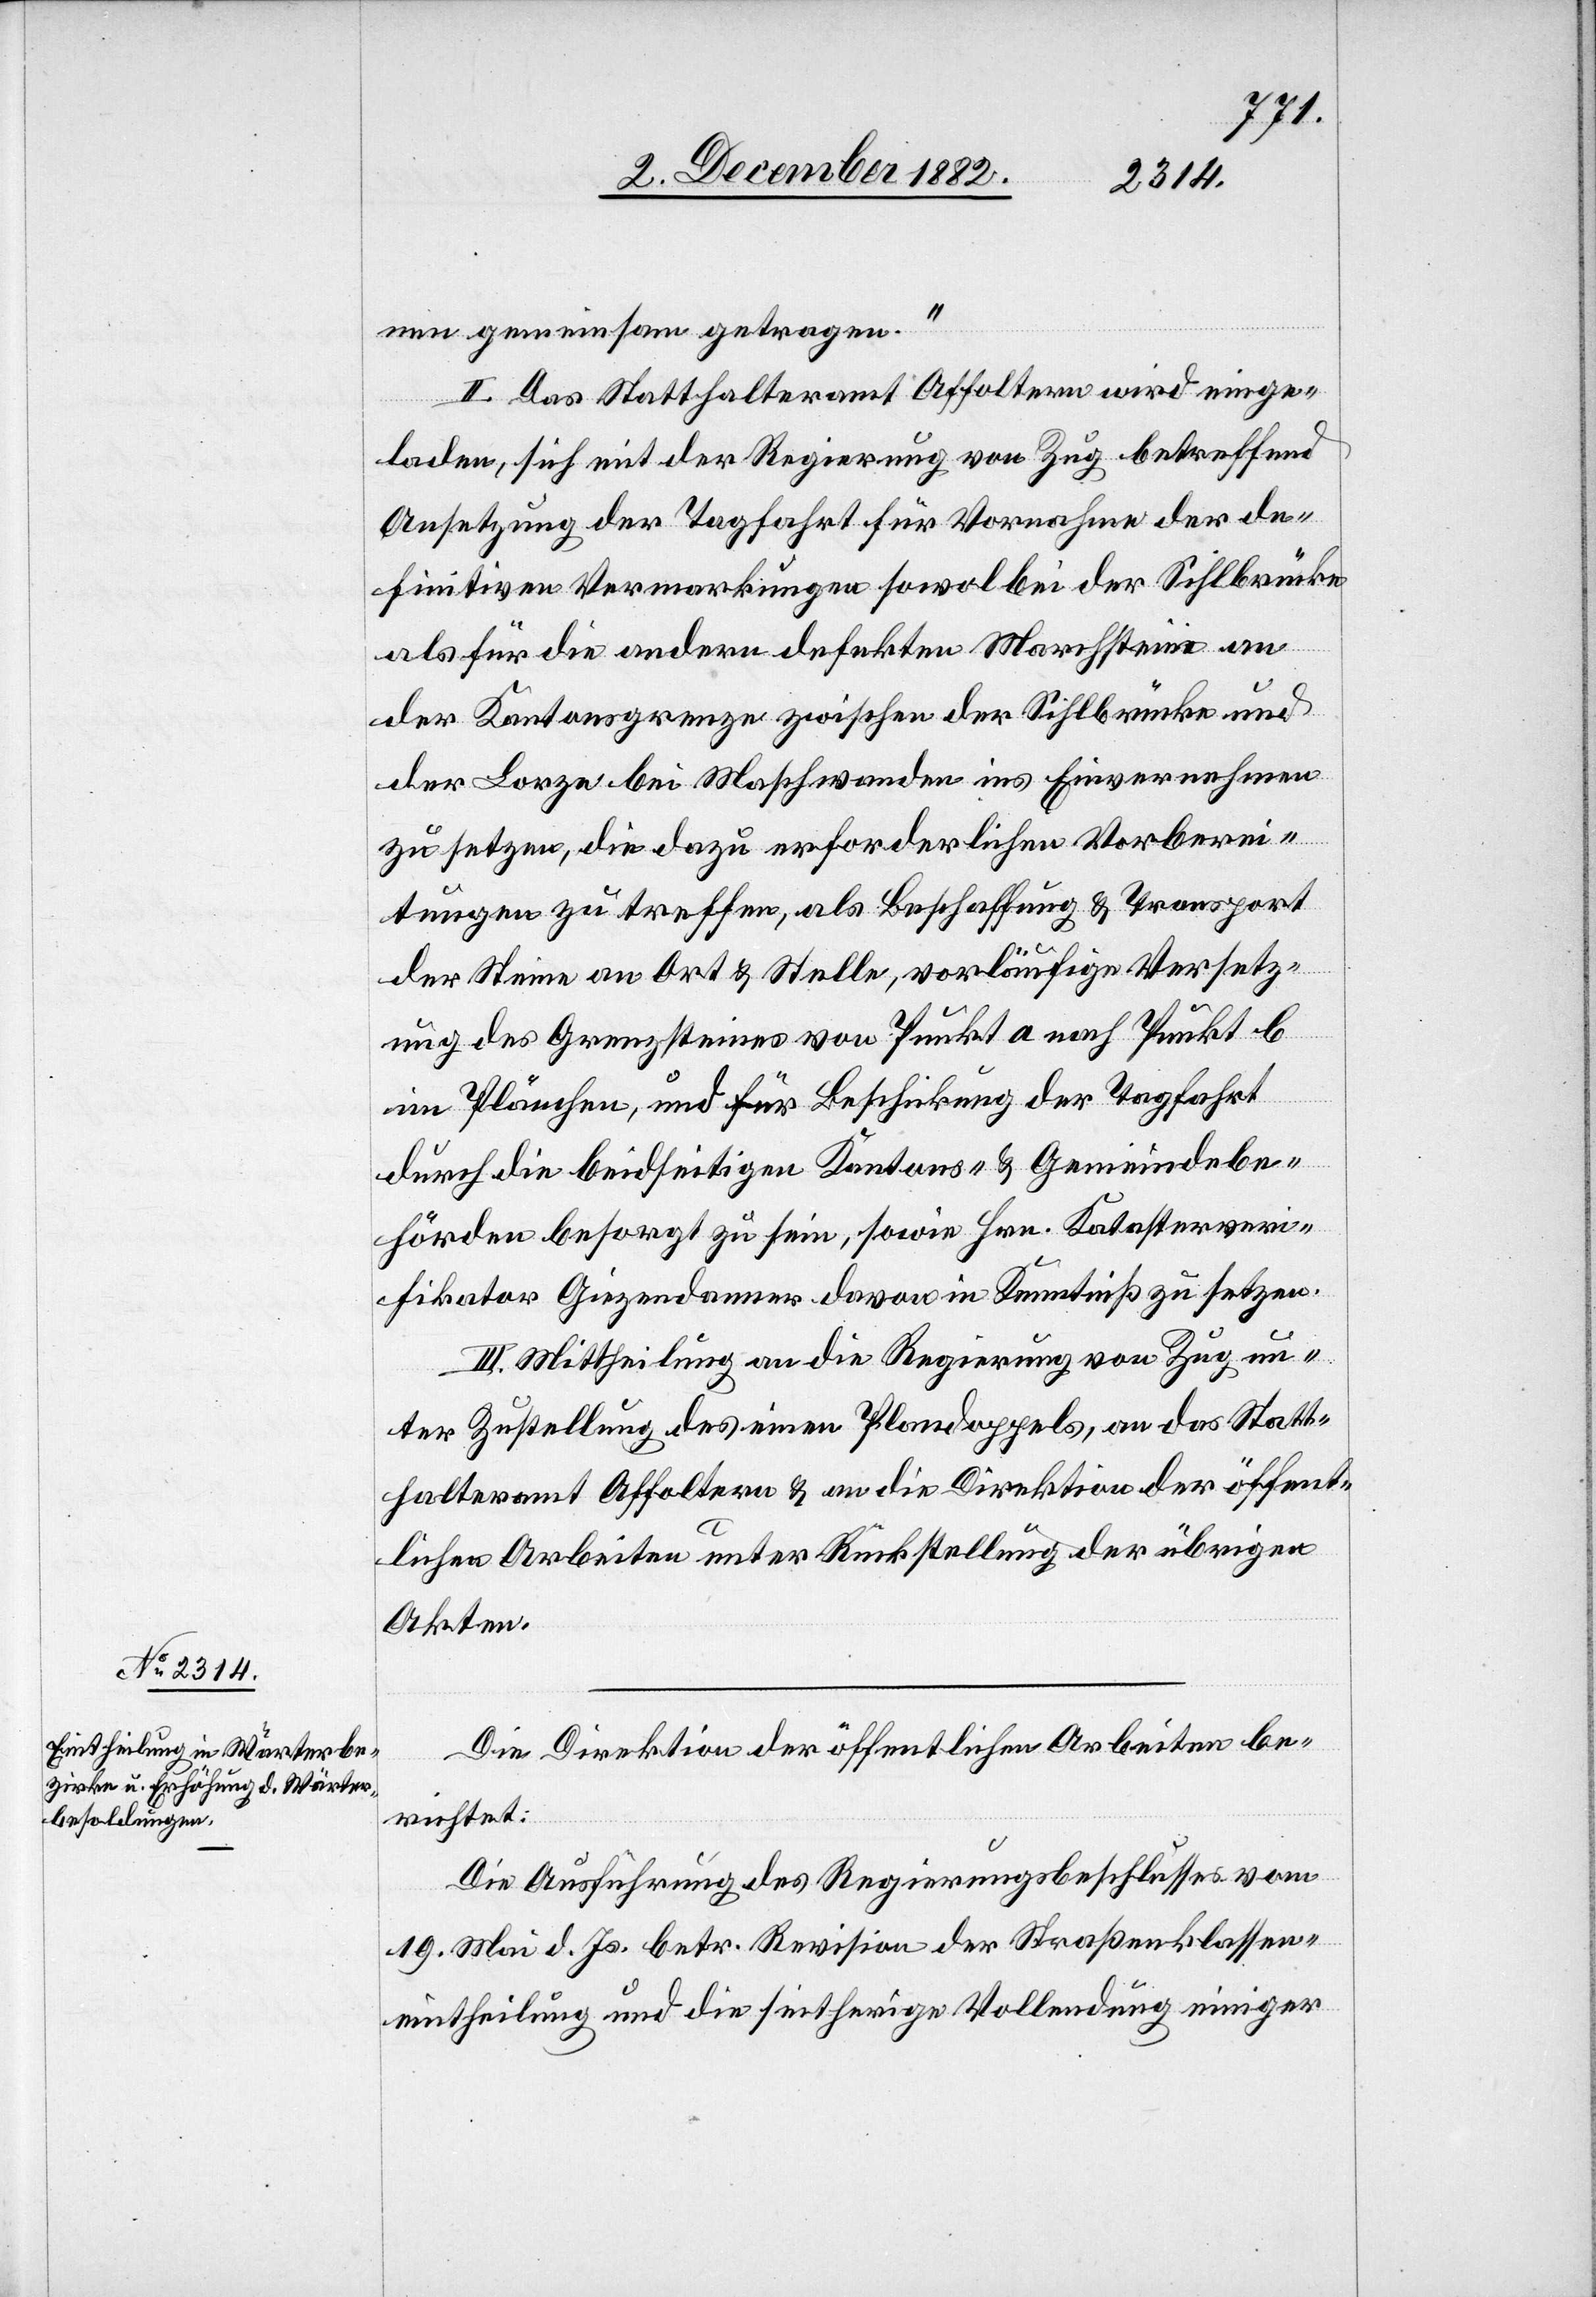
nen gemeinsam getragen.“
II. Das Statthalteramt Affoltern wird einge¬
laden, sich mit der Regierung von Zug betreffend
Ansetzung der Tagfahrt für Vornahme der de¬
finitiven Vermarkungen sowol bei der Sihlbrücke
als für die andern defekten Marchsteine an
der Kantonsgrenze zwischen der Sihlbrücke und
der Lorze bei Maschwanden ins Einvernehmen
zu setzen, die dazu erforderlichen Vorberei¬
tungen zu treffen, als Beschaffung & Transport
der Steine an Ort & Stelle, vorläufige Versetz¬
ung des Grenzsteines von Punkt a nach Punkt b
im Plänchen, und für Beschickung der Tagfahrt
durch die beidseitigen Kantons- & Gemeindebe¬
hörden besorgt zu sein, sowie Hrn. Katasterveri¬
fikator Giezendanner davon in Kenntniß zu setzen.
III. Mittheilung an die Regierung von Zug un¬
ter Zustellung des einen Plandoppels, an das Statt¬
halteramt Affoltern & an die Direktion der öffent¬
lichen Arbeiten unter Rückstellung der übrigen
Akten.
Die Direktion der öffentlichen Arbeiten be¬
richtet:
Die Ausführung des Regierungsbeschlusses vom
19. Mai d. Js. betr. Revision der Straßenklassen¬
eintheilung die seitherige Vollendung einiger